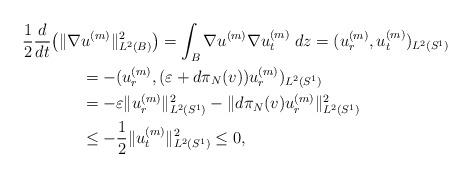
LaTeX: \begin{align*} \frac12\frac{d}{dt}\big(\|\nabla&u^{(m)}\|^2_{L^2(B)}\big) =\int_B\nabla u^{(m)}\nabla u^{(m)}_t\;dz=(u^{(m)}_r,u^{(m)}_t)_{L^2(S^1)}\\ &=-(u^{(m)}_r,(\varepsilon+d\pi_N(v)) u^{(m)}_r)_{L^2(S^1)}\\ &=-\varepsilon\|u^{(m)}_r\|^2_{L^2(S^1)}-\|d\pi_N(v)u^{(m)}_r\|^2_{L^2(S^1)}\\ &\le-\frac12\|u^{(m)}_t\|^2_{L^2(S^1)}\le 0, \end{align*}